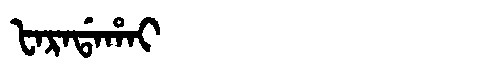
Manchu: ᡶᠠᡵᠠᡩᠠᡥᠠᡳ
Romanization: FARADAHAI